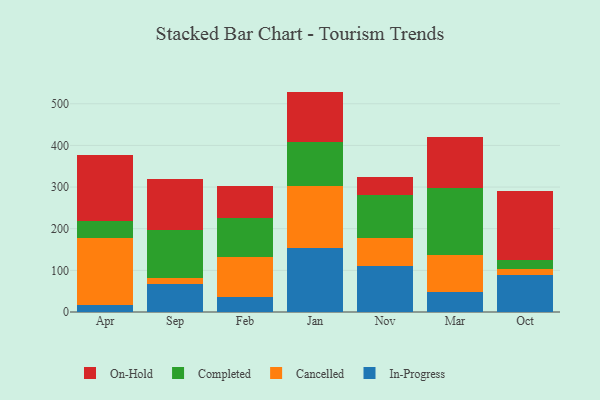
{"axis": {"x": "Month", "y": "Shipments"}, "legend": ["Cancelled", "Completed", "In-Progress", "On-Hold"], "data": [{"x": "Apr", "y": 18.0, "type": "In-Progress"}, {"x": "Apr", "y": 160.4, "type": "Cancelled"}, {"x": "Apr", "y": 39.8, "type": "Completed"}, {"x": "Apr", "y": 158.2, "type": "On-Hold"}, {"x": "Sep", "y": 67.7, "type": "In-Progress"}, {"x": "Sep", "y": 14.4, "type": "Cancelled"}, {"x": "Sep", "y": 115.1, "type": "Completed"}, {"x": "Sep", "y": 122.1, "type": "On-Hold"}, {"x": "Feb", "y": 35.7, "type": "In-Progress"}, {"x": "Feb", "y": 96.5, "type": "Cancelled"}, {"x": "Feb", "y": 92.6, "type": "Completed"}, {"x": "Feb", "y": 77.5, "type": "On-Hold"}, {"x": "Jan", "y": 153.4, "type": "In-Progress"}, {"x": "Jan", "y": 148.7, "type": "Cancelled"}, {"x": "Jan", "y": 105.4, "type": "Completed"}, {"x": "Jan", "y": 121.7, "type": "On-Hold"}, {"x": "Nov", "y": 111.3, "type": "In-Progress"}, {"x": "Nov", "y": 66.2, "type": "Cancelled"}, {"x": "Nov", "y": 104.2, "type": "Completed"}, {"x": "Nov", "y": 42.7, "type": "On-Hold"}, {"x": "Mar", "y": 47.6, "type": "In-Progress"}, {"x": "Mar", "y": 88.2, "type": "Cancelled"}, {"x": "Mar", "y": 162.9, "type": "Completed"}, {"x": "Mar", "y": 121.3, "type": "On-Hold"}, {"x": "Oct", "y": 90.0, "type": "In-Progress"}, {"x": "Oct", "y": 13.1, "type": "Cancelled"}, {"x": "Oct", "y": 20.7, "type": "Completed"}, {"x": "Oct", "y": 166.3, "type": "On-Hold"}]}